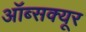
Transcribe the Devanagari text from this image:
ऑब्सक्यूर